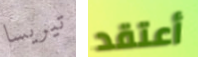
تيريسا أعتقد